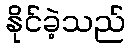
နိုင်ခဲ့သည်